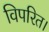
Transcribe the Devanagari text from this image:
विपरित।